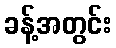
ခန့်အတွင်း